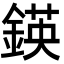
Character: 鍈